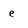
Character: e